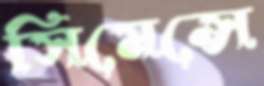
সিমেন্সে